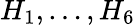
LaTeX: H_{1},\dots,H_{6}